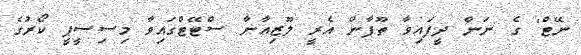
ނޭޓް' ގެ ނަން ދީފައިވާ ތޫފާން އެރީ ލޫޒިއާނާ ސްޓޭޓްގަައިވާ މިސިސީޕީ ކޯރުގެ